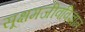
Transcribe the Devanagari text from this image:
सूक्षमजीवविज्ञान